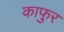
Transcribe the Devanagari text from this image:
काफुर